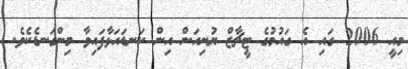
މިއީ 2006 ގައި އެ ގައުމުގެ ޓީޗާޒް ޔުނިއަން އިން ކަނޑައަޅާފައިވާ މިންގަނޑެކެވެ.